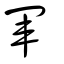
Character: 軍